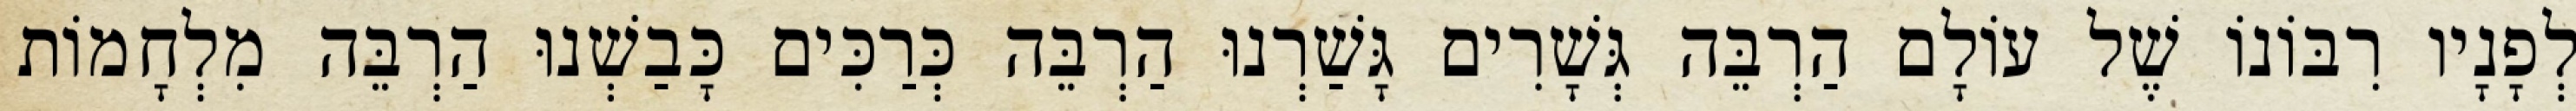
לְפָנָיו רִבּוֹנוֹ שֶׁל עוֹלָם הַרְבֵּה גְּשָׁרִים גָּשַׁרְנוּ הַרְבֵּה כְּרַכִּים כָּבַשְׁנוּ הַרְבֵּה מִלְחָמוֹת